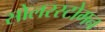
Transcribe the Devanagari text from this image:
सोलरस्टोमन